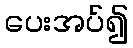
ပေးအပ်၍